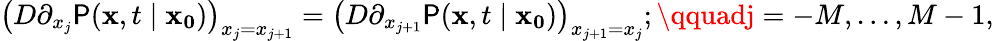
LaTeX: {\big(}D\partial_{x_{j}}\mathsf{P}(\mathbf{{x}},t\mid\mathbf{{x_{0}}}){\big)}_{x_{j}=x_{j+1}}={\big(}D\partial_{x_{j+1}}\mathsf{P}(\mathbf{{x}},t\mid\mathbf{{x_{0}}}){\big)}_{x_{j+1}=x_{j}};\qquadj=-M,\ldots,M-1,